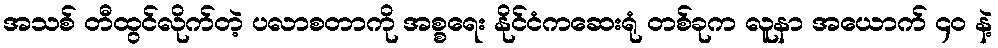
အသစ် တီထွင်လိုက်တဲ့ ပလာစတာကို အစ္စရေး နိုင်ငံကဆေးရုံ တစ်ခုက လူနာ အယောက် ၄၀ နဲ့